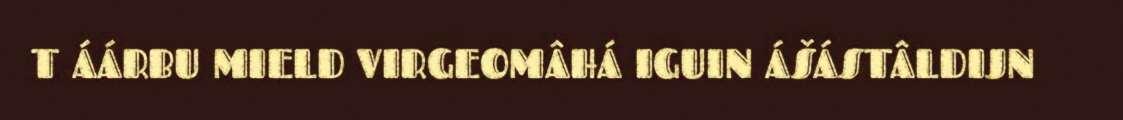
T ÁÁRBU MIELD VIRGEOMÂHÁ IGUIN ÁŠÁSTÂLDIJN